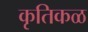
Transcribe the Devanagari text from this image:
कृतिकळ